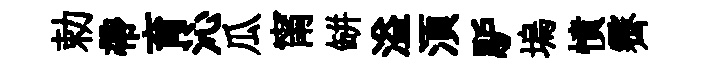
勅帶育沁瓜甯缾溢湏馿塢憤霽